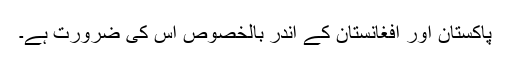
پاکستان اور افغانستان کے اندر بالخصوص اس کی ضرورت ہے۔